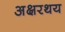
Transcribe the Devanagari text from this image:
अक्षरथय